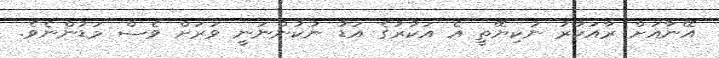
އޭނާއަށް ރާއަކުރު ނުކިޔޭތީ އެ އަކުރުގެ އަޑު ނުކުންނަނީ ވަރަށް ވެސް މަޑުންނެވެ.